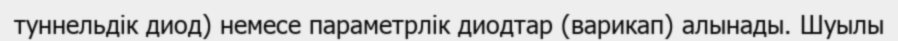
туннельдік диод) немесе параметрлік диодтар (варикап) алынады. Шуылы